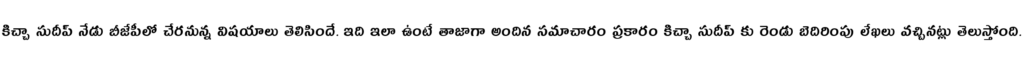
కిచ్చా సుదీప్ నేడు బీజేపీలో చేరనున్న విషయాలు తెలిసిందే. ఇది ఇలా ఉంటే తాజాగా అందిన సమాచారం ప్రకారం కిచ్చా సుదీప్ కు రెండు బెదిరింపు లేఖలు వచ్చినట్లు తెలుస్తోంది.